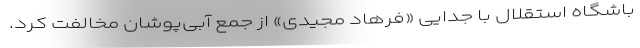
باشگاه استقلال با جدایی «فرهاد مجیدی» از جمع آبی‌پوشان مخالفت کرد.